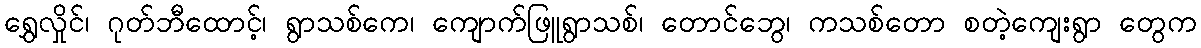
ရွှေလှိုင်၊ ဂုတ်ဘီထောင့်၊ ရွာသစ်ကေ၊ ကျောက်ဖြူရွာသစ်၊ တောင်ဘွေ၊ ကသစ်တော စတဲ့ကျေးရွာ တွေက